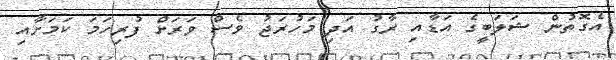
އެގޮތުން ޝަލަބީގެ އަޑާއި ރާގު އަދި މަހުރަޖު ވެސް ވަރަށް ފުރިހަމަ ކަމަށާއި